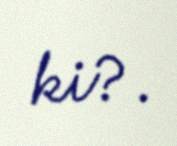
ki?.